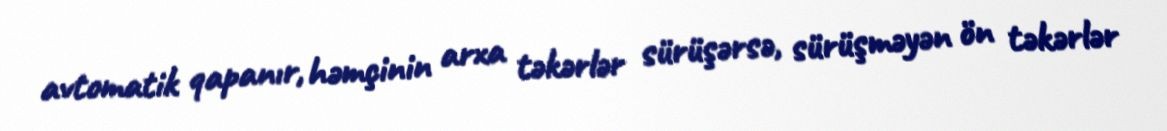
avtomatik qapanır, həmçinin arxa təkərlər sürüşərsə, sürüşməyən ön təkərlər